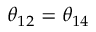
\theta _ { 1 2 } = \theta _ { 1 4 }